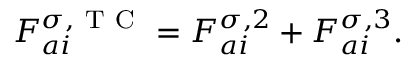
F _ { a i } ^ { \sigma , \mathrm { ~ T ~ C ~ } } = F _ { a i } ^ { \sigma , 2 } + F _ { a i } ^ { \sigma , 3 } .